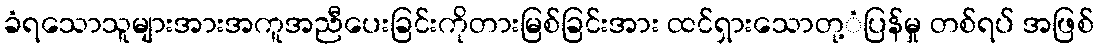
ခံရသောသူများအားအကူအညီပေးခြင်းကိုတားမြစ်ခြင်းအား ထင်ရှားသောတု့ံပြန်မှု တစ်ရပ် အဖြစ်